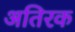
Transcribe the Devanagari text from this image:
अतिरक